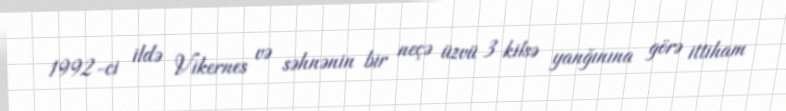
1992-ci ildə Vikernes və səhnənin bir neçə üzvü 3 kilsə yanğınına görə ittiham